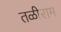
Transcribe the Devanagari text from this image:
तळीराम